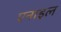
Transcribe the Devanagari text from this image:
एनाइल